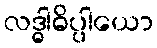
လဒ္ဓါဓိပ္ပါယော